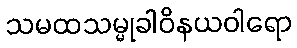
သမထသမ္မုခါဝိနယဝါရော